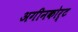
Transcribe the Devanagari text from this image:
अगीनकोर्ट